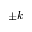
\pm k